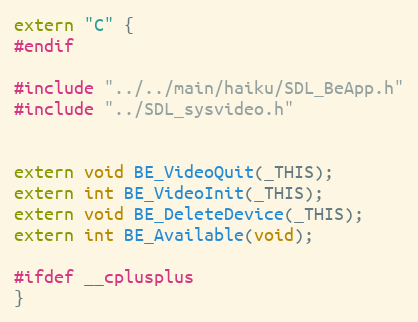
Language: C
extern "C" {
#endif

#include "../../main/haiku/SDL_BeApp.h"
#include "../SDL_sysvideo.h"

extern void BE_VideoQuit(_THIS);
extern int BE_VideoInit(_THIS);
extern void BE_DeleteDevice(_THIS);
extern int BE_Available(void);

#ifdef __cplusplus
}